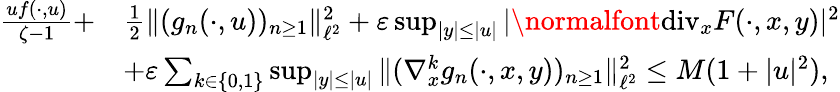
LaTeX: \begin{array}{rl}{\frac{uf(\cdot,u)}{\zeta-1}+}&{\frac{1}{2}\| (g_{n}(\cdot,u))_{n\geq 1}\| _{\ell^{2}}^{2}+\varepsilon\operatorname*{sup}_{|y|\leq|u|}|\normalfont{\mathrm{div}}_{x}F(\cdot,x,y)|^{2}}\\ &{+\varepsilon\sum_{k\in\{ 0,1\} }\operatorname*{sup}_{|y|\leq|u|}\| (\nabla_{x}^{k}g_{n}(\cdot,x,y))_{n\geq 1}\| _{\ell^{2}}^{2}\leq M(1+|u|^{2}),}\end{array}